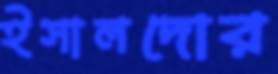
ইসালদোর